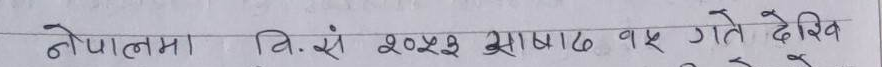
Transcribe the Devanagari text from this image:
नेपालमा वि.सं. २०२३ आषाढ १५ गते देखि